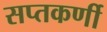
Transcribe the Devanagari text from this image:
सप्तकर्णी